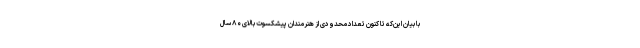
با بیان این‌که تا کنون تعداد محدودی از هنرمندان پیشکسوت بالای ۸۰ سال